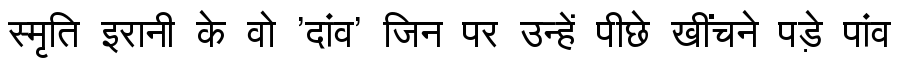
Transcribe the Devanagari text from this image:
स्मृति इरानी के वो 'दांव' जिन पर उन्हें पीछे खींचने पड़े पांव